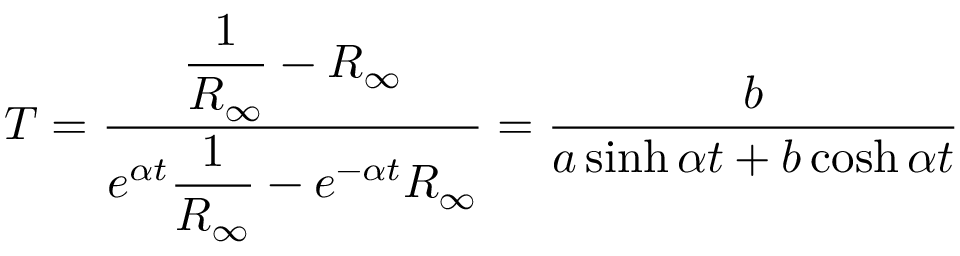
T = \frac { \displaystyle \frac { 1 } { R _ { \infty } } - R _ { \infty } } { \displaystyle e ^ { \alpha t } \frac { 1 } { R _ { \infty } } - e ^ { - \alpha t } R _ { \infty } } = \frac { b } { a \sinh { \alpha t } + b \cosh { \alpha t } }